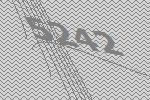
5242